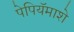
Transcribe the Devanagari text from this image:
पेपियॅमाशे